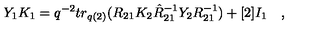
Y _ { 1 } K _ { 1 } = q ^ { - 2 } t r _ { q ( 2 ) } ( R _ { 2 1 } K _ { 2 } \hat { R } _ { 2 1 } ^ { - 1 } Y _ { 2 } R _ { 2 1 } ^ { - 1 } ) + [ 2 ] I _ { 1 } \quad ,